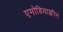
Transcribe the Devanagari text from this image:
एमोडियाक्वीन